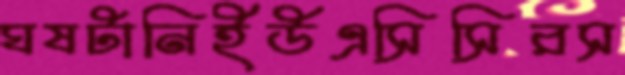
ঘষটানিইউএসিসিরস